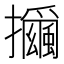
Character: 𰔻